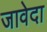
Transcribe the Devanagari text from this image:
जावेदा